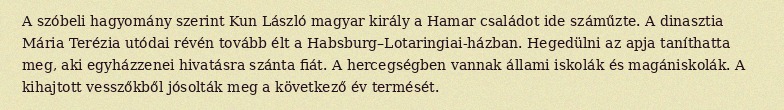
A szóbeli hagyomány szerint Kun László magyar király a Hamar családot ide száműzte. A dinasztia Mária Terézia utódai révén tovább élt a Habsburg–Lotaringiai-házban. Hegedülni az apja taníthatta meg, aki egyházzenei hivatásra szánta fiát. A hercegségben vannak állami iskolák és magániskolák. A kihajtott vesszőkből jósolták meg a következő év termését.